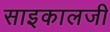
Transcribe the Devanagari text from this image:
साइकालजी